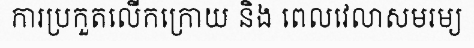
ការប្រកួតលើកក្រោយ និង ពេលវេលាសមរម្យ